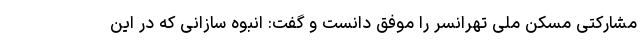
مشارکتی مسکن ملی تهرانسر را موفق دانست و گفت: انبوه سازانی که در این